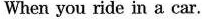
When you ride in a car.